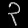
Digit: ၃